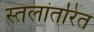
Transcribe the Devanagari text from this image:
स्तलांतरित